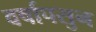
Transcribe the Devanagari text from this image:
वर्षापसुन